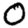
Digit: 0